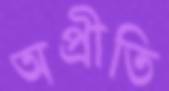
অপ্রীতি